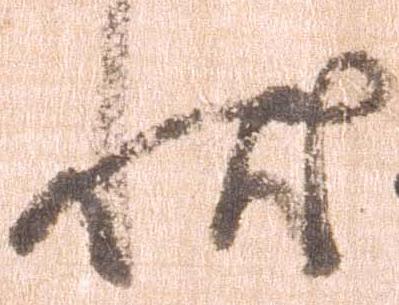
状